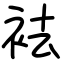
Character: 袪